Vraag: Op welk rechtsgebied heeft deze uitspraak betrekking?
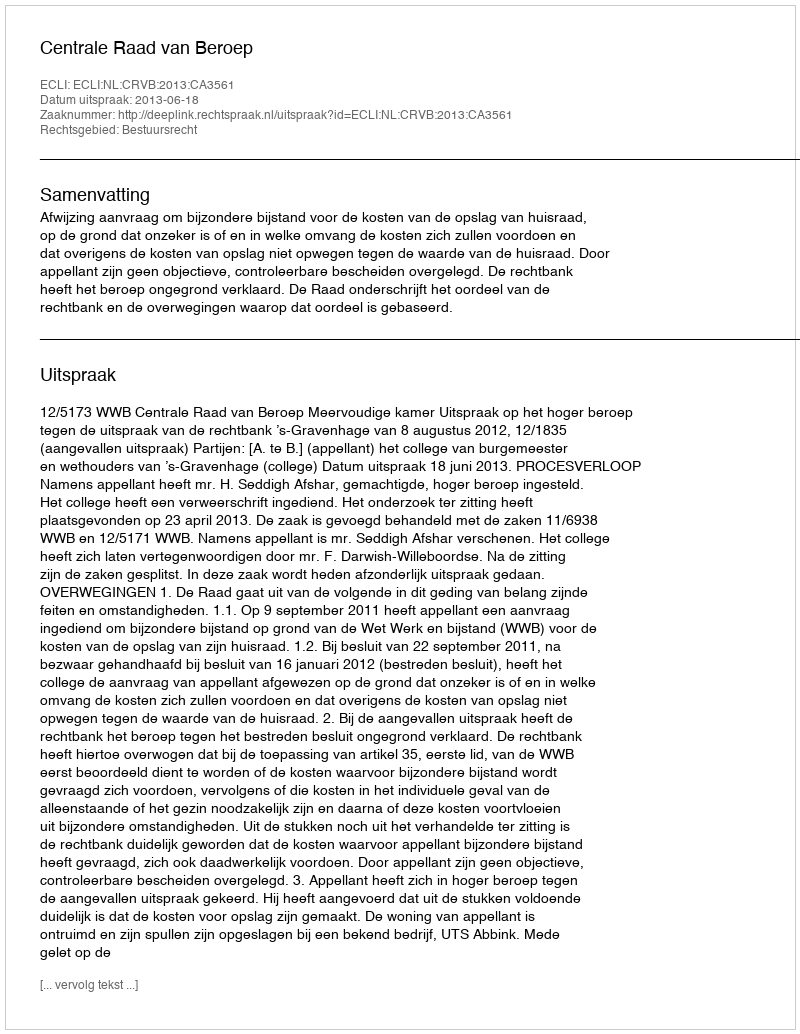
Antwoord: Bestuursrecht